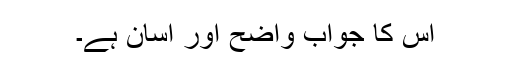
اس کا جواب واضح اور آسان ہے۔